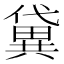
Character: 𫣭